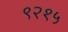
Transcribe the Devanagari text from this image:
९२१५